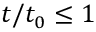
t / t _ { 0 } \le 1